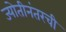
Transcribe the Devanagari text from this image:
ज्योतीनंतरची